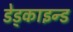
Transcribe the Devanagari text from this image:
डेड्काइन्ड